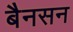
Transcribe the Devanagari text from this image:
बैनसन